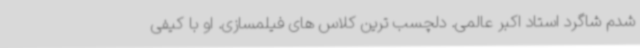
شدم شاگرد استاد اکبر عالمی. دلچسب ترین کلاس های فیلمسازی. او با کیفی